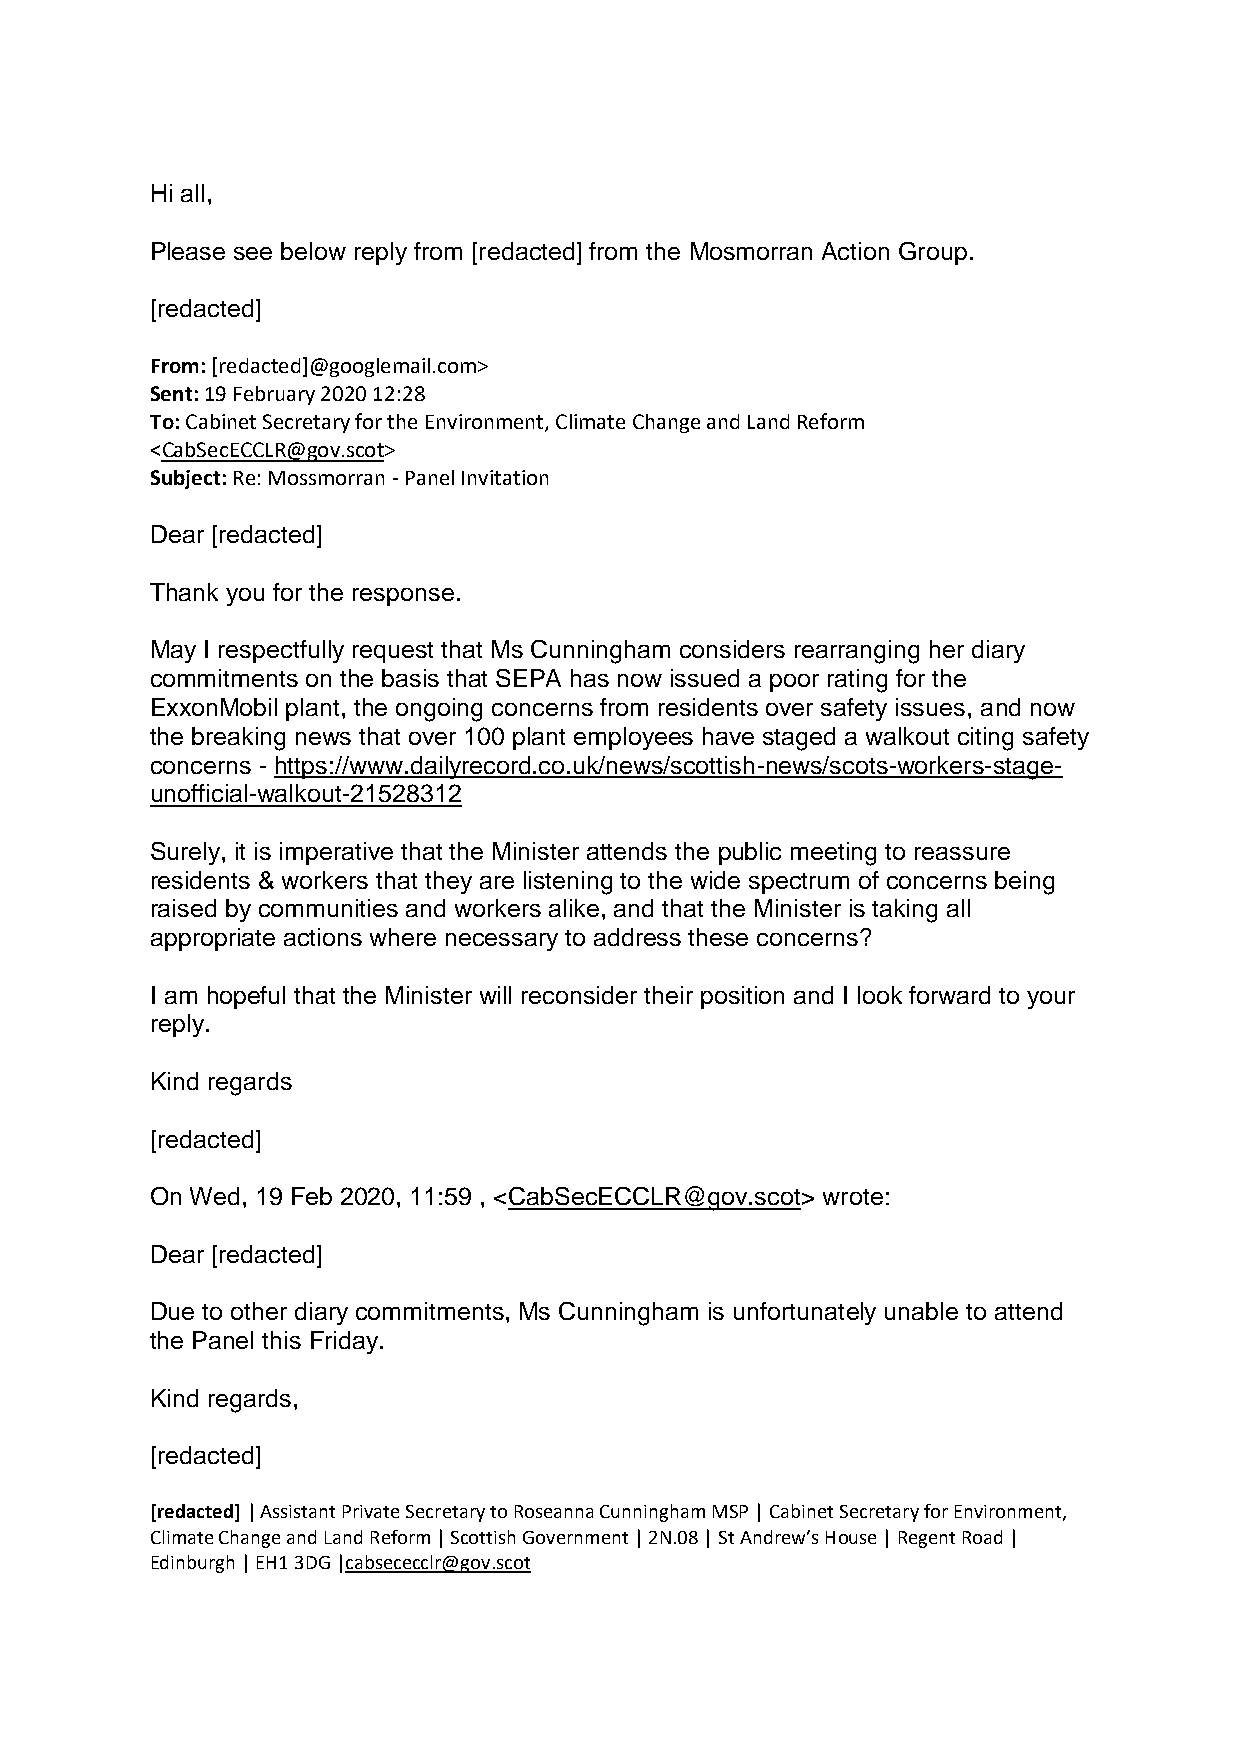
Hi all,
 Please see below reply from [redacted] from the Mosmorran Action Group.
 [redacted]
 From: [redacted]@googlemail.com>
 Sent: 19 February 2020 12:28
 To: Cabinet Secretary for the Environment, Climate Change and Land Reform
 <CabSecECCLR@gov.scot>
 Subject: Re: Mossmorran - Panel Invitation
 Dear [redacted]
 Thank you for the response.
 May I respectfully request that Ms Cunningham considers rearranging her diary
 commitments on the basis that SEPA has now issued a poor rating for the
 ExxonMobil plant, the ongoing concerns from residents over safety issues, and now
 the breaking news that over 100 plant employees have staged a walkout citing safety
 concerns - https://www.dailyrecord.co.uk/news/scottish-news/scots-workers-stage-
 unofficial-walkout-21528312
 Surely, it is imperative that the Minister attends the public meeting to reassure
 residents & workers that they are listening to the wide spectrum of concerns being
 raised by communities and workers alike, and that the Minister is taking all
 appropriate actions where necessary to address these concerns?
 I am hopeful that the Minister will reconsider their position and I look forward to your
 reply.
 Kind regards
 [redacted]
 On Wed, 19 Feb 2020, 11:59 , <CabSecECCLR@gov.scot> wrote:
 Dear [redacted]
 Due to other diary commitments, Ms Cunningham is unfortunately unable to attend
 the Panel this Friday.
 Kind regards,
 [redacted]
 [redacted] | Assistant Private Secretary to Roseanna Cunningham MSP | Cabinet Secretary for Environment,
 Climate Change and Land Reform | Scottish Government | 2N.08 | St Andrew’s House | Regent Road |
 Edinburgh | EH1 3DG |cabsececclr@gov.scot